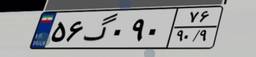
۱۷گ۳۶۹۵۹